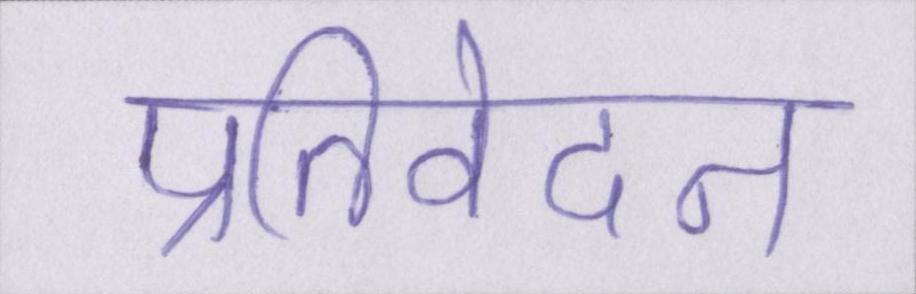
प्रतिवेदन